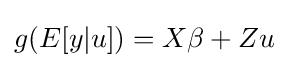
g(E[y\vert u])=X\beta +Zu